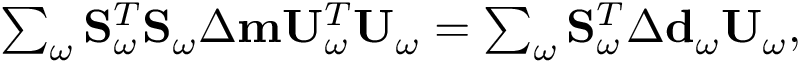
\begin{array} { r } { \sum _ { \omega } \mathbf { S } _ { \omega } ^ { T } \mathbf { S } _ { \omega } \Delta \mathbf { m } \mathbf { U } _ { \omega } ^ { T } \mathbf { U } _ { \omega } = \sum _ { \omega } \mathbf { S } _ { \omega } ^ { T } \Delta \mathbf { d } _ { \omega } \mathbf { U } _ { \omega } , } \end{array}